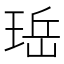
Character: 𪻬